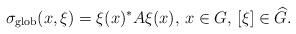
LaTeX: \begin{align*} \sigma_{\textnormal{glob}}(x,\xi)=\xi(x)^*A\xi(x),\,x\in G,\,[\xi]\in \widehat{G}.\end{align*}